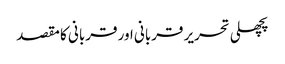
پچھلی تحریر قربانی اور قربانی کا مقصد